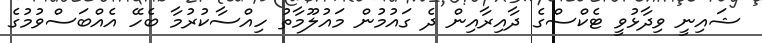
ޝައިނީ ވިދާޅުވީ ޓެކްސްގެ ދާއިރާއިން ދެ ގައުމުން މައުލޫމާތު ހިއްސާކުރުމާ ބެހޭ އެއްބަސްވުމުގެ